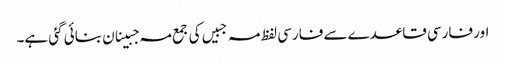
اور فارسی قاعدے سے فارسی لفظ مہ جبیں کی جمع مہ جبینان بنائی گئی ہے۔